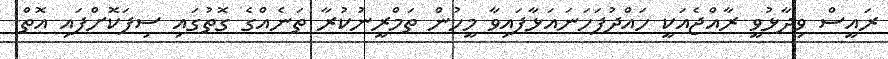
ރައީސް ވިދާޅުވީ ރާއްޖެއަކީ ހައްދުފަހަނައަޅާފައިވާ މީހުން ތަމްރީނުކުރާ ތަނެއްގެ ގޮތުގައި ސިފަކޮށްފައި އޮތް